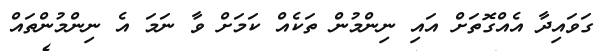
ގަވައިދާ އެއްގޮތަށް އައި ނިންމުން ތަކެއް ކަމަށް ވާ ނަމަ އެ ނިންމުންތައް